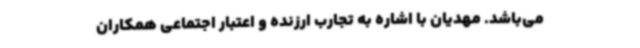
می‌باشد. مهدیان با اشاره به تجارب ارزنده و اعتبار اجتماعی همکاران